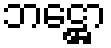
ဘဋ္ဌော